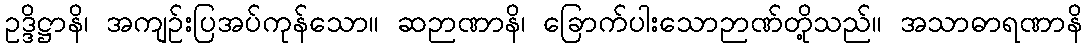
ဥဒ္ဒိဋ္ဌာနိ၊ အကျဉ်းပြအပ်ကုန်သော။ ဆဉာဏာနိ၊ ခြောက်ပါးသောဉာဏ်တို့သည်။ အသာဓာရဏာနိ